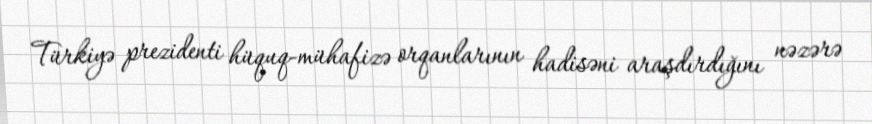
Türkiyə prezidenti hüquq-mühafizə orqanlarının hadisəni araşdırdığını nəzərə